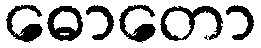
ဓောတော